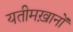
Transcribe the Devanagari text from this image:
यतीमख़ानों